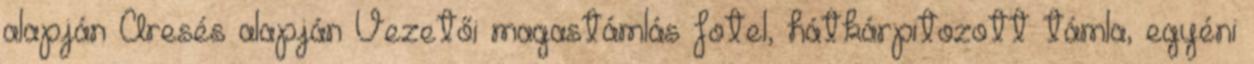
alapján Áresés alapján Vezetői magastámlás fotel, hátkárpitozott támla, egyéni